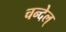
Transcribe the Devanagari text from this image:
चन्देल्